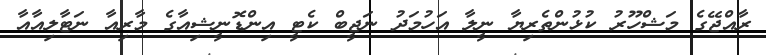
ރާއްޖޭގެ މަޝްހޫރު ކުޅުންތެރިޔާ ނީލާ އަހުމަދު ނަޖީބް ކެޓީ އިންޑޮނީޝިއާގެ މާރިއާ ނަޓާލިއާއާ